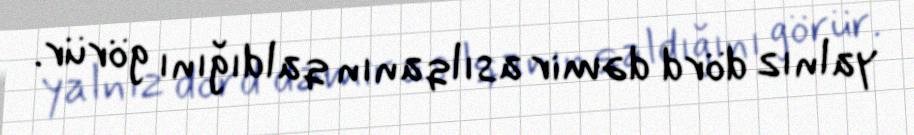
yalnız dörd dəmir asılqanın qaldığını görür.